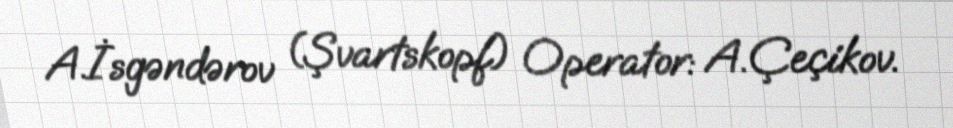
A.İsgəndərov (Şvartskopf) Operator: A.Çeçikov.